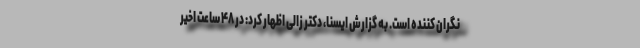
نگران کننده است. به گزارش ایسنا، دکتر زالی اظهار کرد: در ۴۸ ساعت اخیر